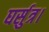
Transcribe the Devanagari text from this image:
घर्सुत्र।